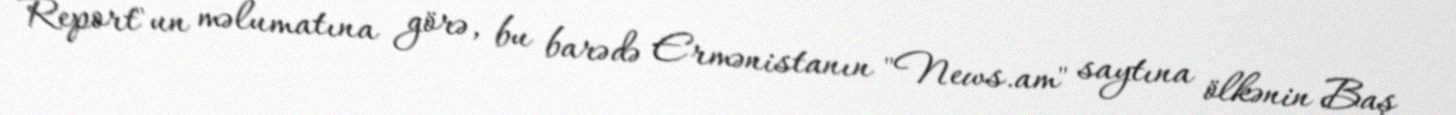
Report"un məlumatına görə, bu barədə Ermənistanın "News.am" saytına ölkənin Baş